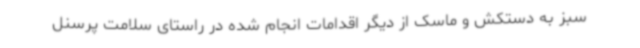
سبز به دستکش و ماسک از دیگر اقدامات انجام شده در راستای سلامت پرسنل